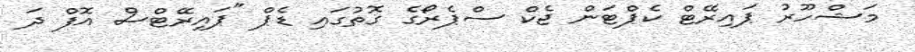
މަޝްހޫރު ޕައިރޭޓް ކެޕްޓަން ޖެކް ސްޕެރޯގެ ގޮތުގައި ޑެޕް "ޕައިރޭޓްސް އޮފް ދަ